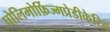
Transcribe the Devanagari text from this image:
पोलिमोर्फ़िज्मप्रेडीकेटिव